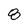
Character: 8